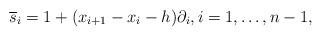
LaTeX: \begin{gather*} \overline{s}_i =1+ (x_{i+1}-x_{i}-h) \partial_i, i=1,\ldots,n-1, \end{gather*}